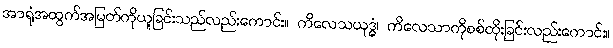
အာရုံအထွက်အမြတ်ကိုယူခြင်းသည်လည်းကောင်း။ ကိလေသယုဒ္ဓံ၊ ကိလေသာကိုစစ်ထိုးခြင်းလည်းကောင်း။